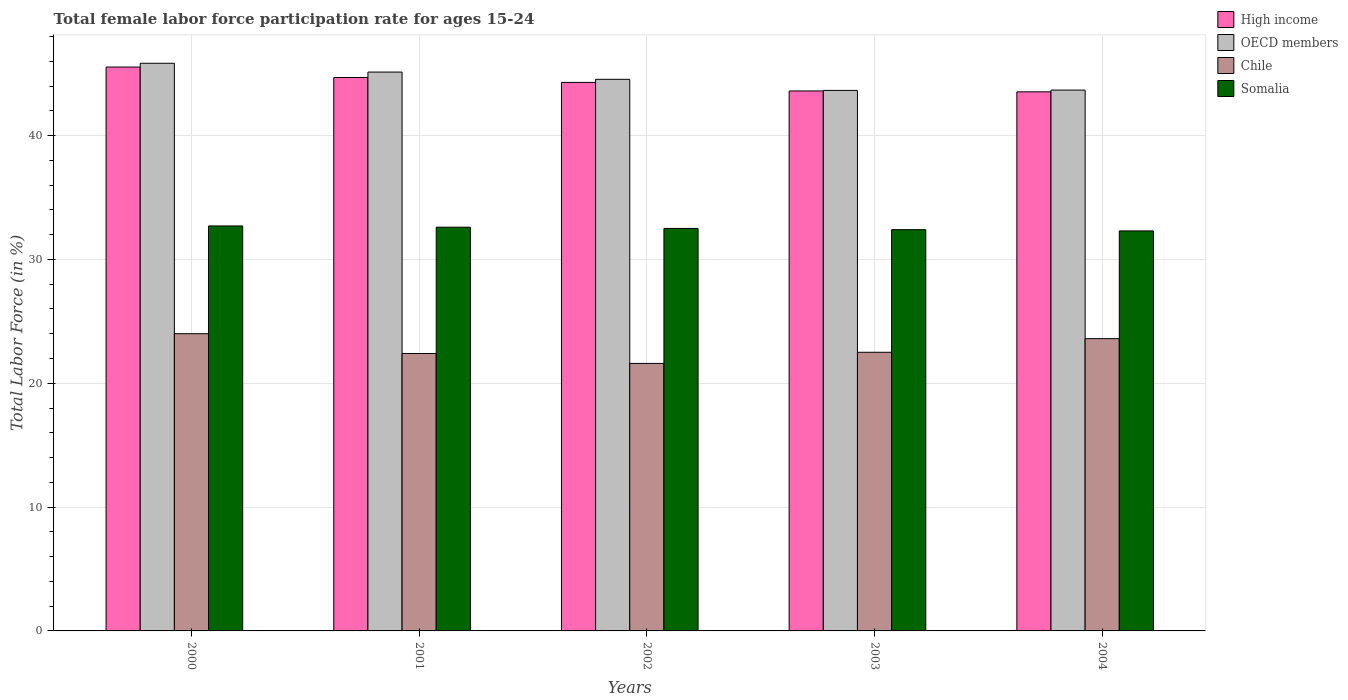
| Years | High income | OECD members | Chile | Somalia |
 | --- | --- | --- | --- | --- |
 | 2000 | 45.5 | 45.8 | 24 | 32.7 |
 | 2001 | 44.7 | 45.1 | 22.4 | 32.6 |
 | 2002 | 44.3 | 44.5 | 21.6 | 32.5 |
 | 2003 | 43.6 | 43.6 | 22.5 | 32.4 |
 | 2004 | 43.5 | 43.7 | 23.6 | 32.3 |